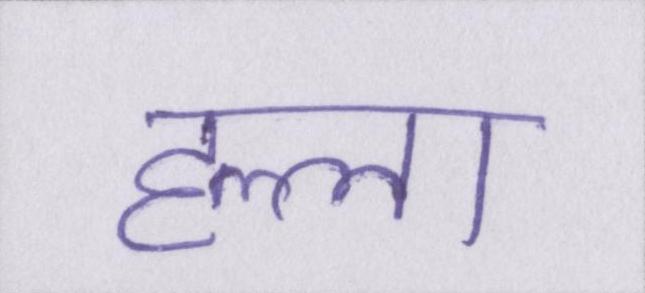
हल्ला